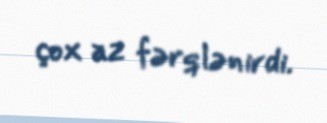
çox az fərqlənirdi.